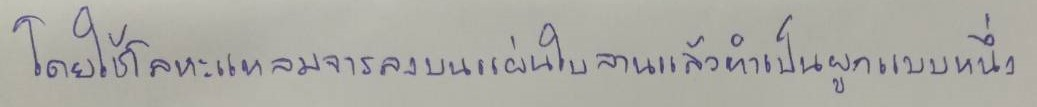
โดยใช้โลหะแหลมจารลงบนแผ่นใบลานแล้วทำเป็นผูกแบบหนึ่ง